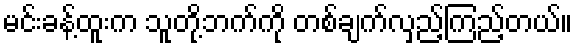
မင်းခန့်ထူးက သူတို့ဘက်ကို တစ်ချက်လှည့်ကြည့်တယ်။